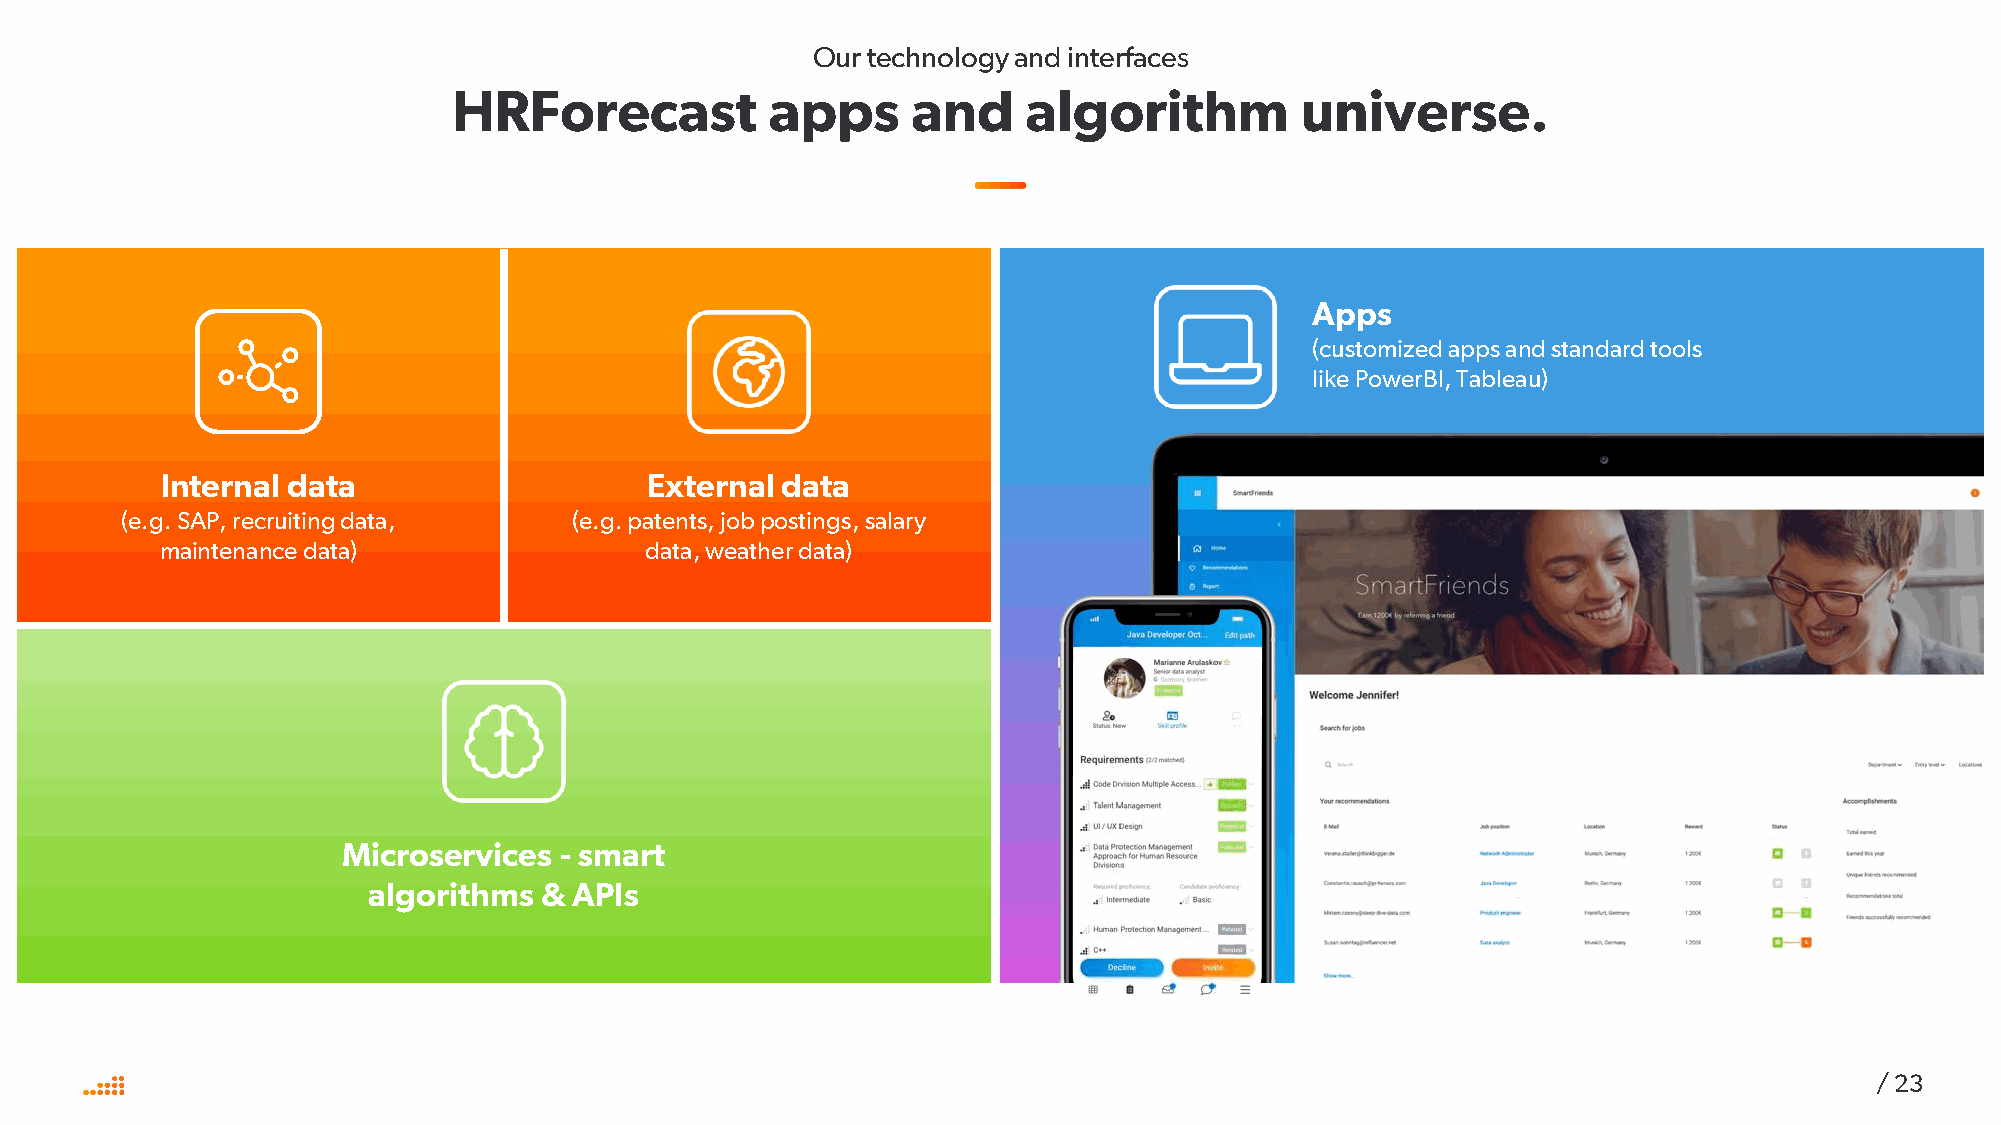
Our technology and interfaces
 HRForecast           apps     and     algorithm         universe.
 Apps
 (customizedappsand standardtools
 like PowerBI, Tableau)
 Internal data                   External data
 (e.g. SAP, recruitingdata,    (e.g. patents, jobpostings, salary
 maintenancedata)                data, weatherdata)
 Microservices - smart
 algorithms  & APIs
 / 23